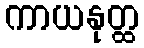
ကာယနုတ္ထ